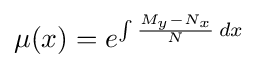
\mu (x)=e^{\int {{\frac {M_{y}-N_{x}}{N}}\,dx}}